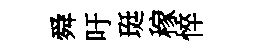
舜吁珽稼悴